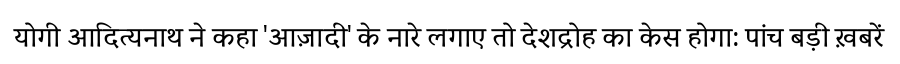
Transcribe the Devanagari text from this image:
योगी आदित्यनाथ ने कहा 'आज़ादी' के नारे लगाए तो देशद्रोह का केस होगा: पांच बड़ी ख़बरें